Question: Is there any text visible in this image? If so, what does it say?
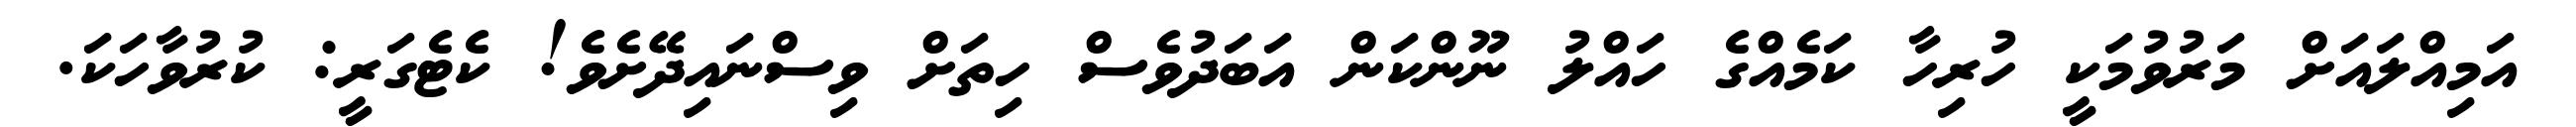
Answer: އަމިއްލައަށް މަރުވުމަކީ ހުރިހާ ކަމެއްގެ ހައްލު ނޫންކަން އަބަދުވެސް ހިތަށް ވިސްނައިދޭށެވެ! ކެޓެގަރީ: ކުރުވާހަކަ.